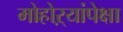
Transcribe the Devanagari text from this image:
मोहोऱ्यांपेक्षा